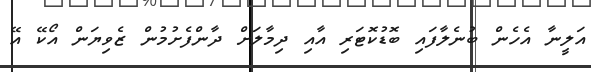
އަލީނާ އެހެން ބުނެލާފައި ބޮޑުކޮޓަރި އާއި ދިމާލަށް ދާންފެށުމުން ޒެވިޔަން އޯކޭ އޭ